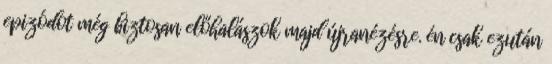
epizódot még biztosan előhalászok majd újranézésre. én csak ezután